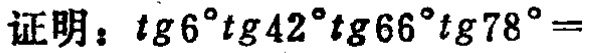
证明：\(\tg6^{\circ}\tg42^{\circ}\tg66^{\circ}\tg78^{\circ}=\)